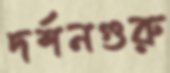
দর্শনগুরু